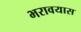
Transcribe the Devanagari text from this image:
भरावयास